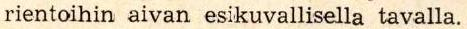
rientoihin aivan esikuvallisella tavalla.